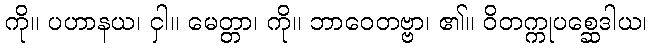
ကို။ ပဟာနယ၊ ငှါ။ မေတ္တာ၊ ကို။ ဘာဝေတဗ္ဗာ၊ ၏။ ဝိတက္ကုပစ္ဆေဒါယ၊